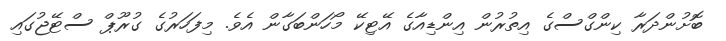
ބޮށުންދަރާ ކިންގްސްގެ އިތުރުން އިންޑިއާގެ އޭޓިކޭ މޯހަންބަގާން އެވެ. މިފަހަރުގެ ގުރޫޕް ސްޓޭޖުގައި